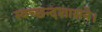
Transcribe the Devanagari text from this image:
स्वच्छन्दशासने।